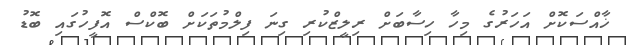
ޚާއްސަކޮށް އަހަރުގެ މިހާ ހިސާބަށް ރިލީޒްކުރި ގިނަ ފިލްމުތަކަށް ބޮކްސް އޮފީހުގައި ބޮޑު